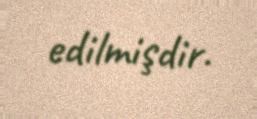
edilmişdir.